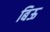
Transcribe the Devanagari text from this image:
बिऊ